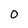
Character: O